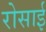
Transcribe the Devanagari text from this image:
रोसाई